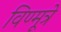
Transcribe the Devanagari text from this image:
विण्मूत्रे